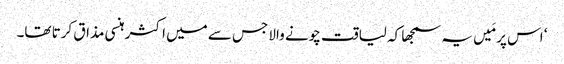
‘ اس پر مَیں یہ سمجھا کہ لیاقت چونے والا جس سے میں اکثر ہنسی مذاق کرتا تھا۔